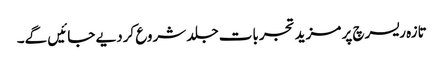
تازہ ریسرچ پر مزید تجربات جلد شروع کردیے جائیں گے۔